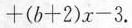
+ ( b + 2 ) x - 3$$.